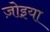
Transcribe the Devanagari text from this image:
ज़ोइया